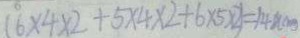
( 6 \times 4 \times 2 + 5 \times 4 \times 2 + 6 \times 5 \times 2 ) = 1 4 ( c m )